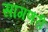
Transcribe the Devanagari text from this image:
सांगणरी